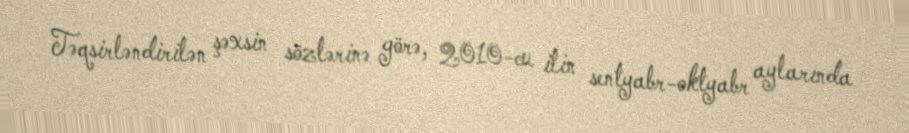
Təqsirləndirilən şəxsin sözlərinə görə, 2010-cu ilin sentyabr-oktyabr aylarında